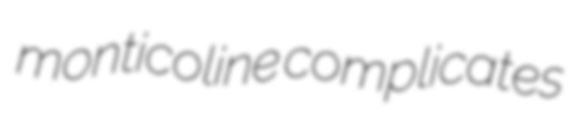
monticoline complicates